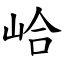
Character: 峆